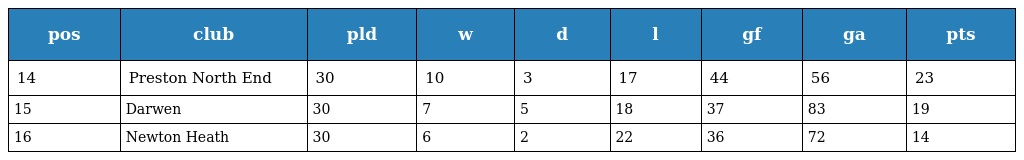
| pos | club | pld | w | d | l | gf | ga | pts |
 | --- | --- | --- | --- | --- | --- | --- | --- | --- |
 | 14 | Preston North End | 30 | 10 | 3 | 17 | 44 | 56 | 23 |
 | 15 | Darwen | 30 | 7 | 5 | 18 | 37 | 83 | 19 |
 | 16 | Newton Heath | 30 | 6 | 2 | 22 | 36 | 72 | 14 |